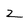
Character: 2